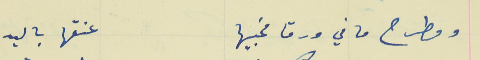
ومطرح ما في ورقا مخبيها                                          عنقها باليد